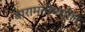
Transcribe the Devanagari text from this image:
बारामतीमधील